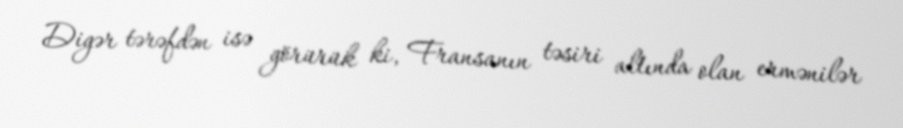
Digər tərəfdən isə görürük ki, Fransanın təsiri altında olan ermənilər